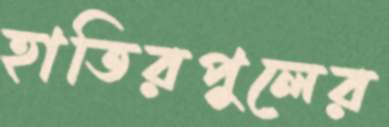
হাতিরপুলের